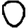
Digit: 0